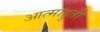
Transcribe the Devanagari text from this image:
आत्माहुती